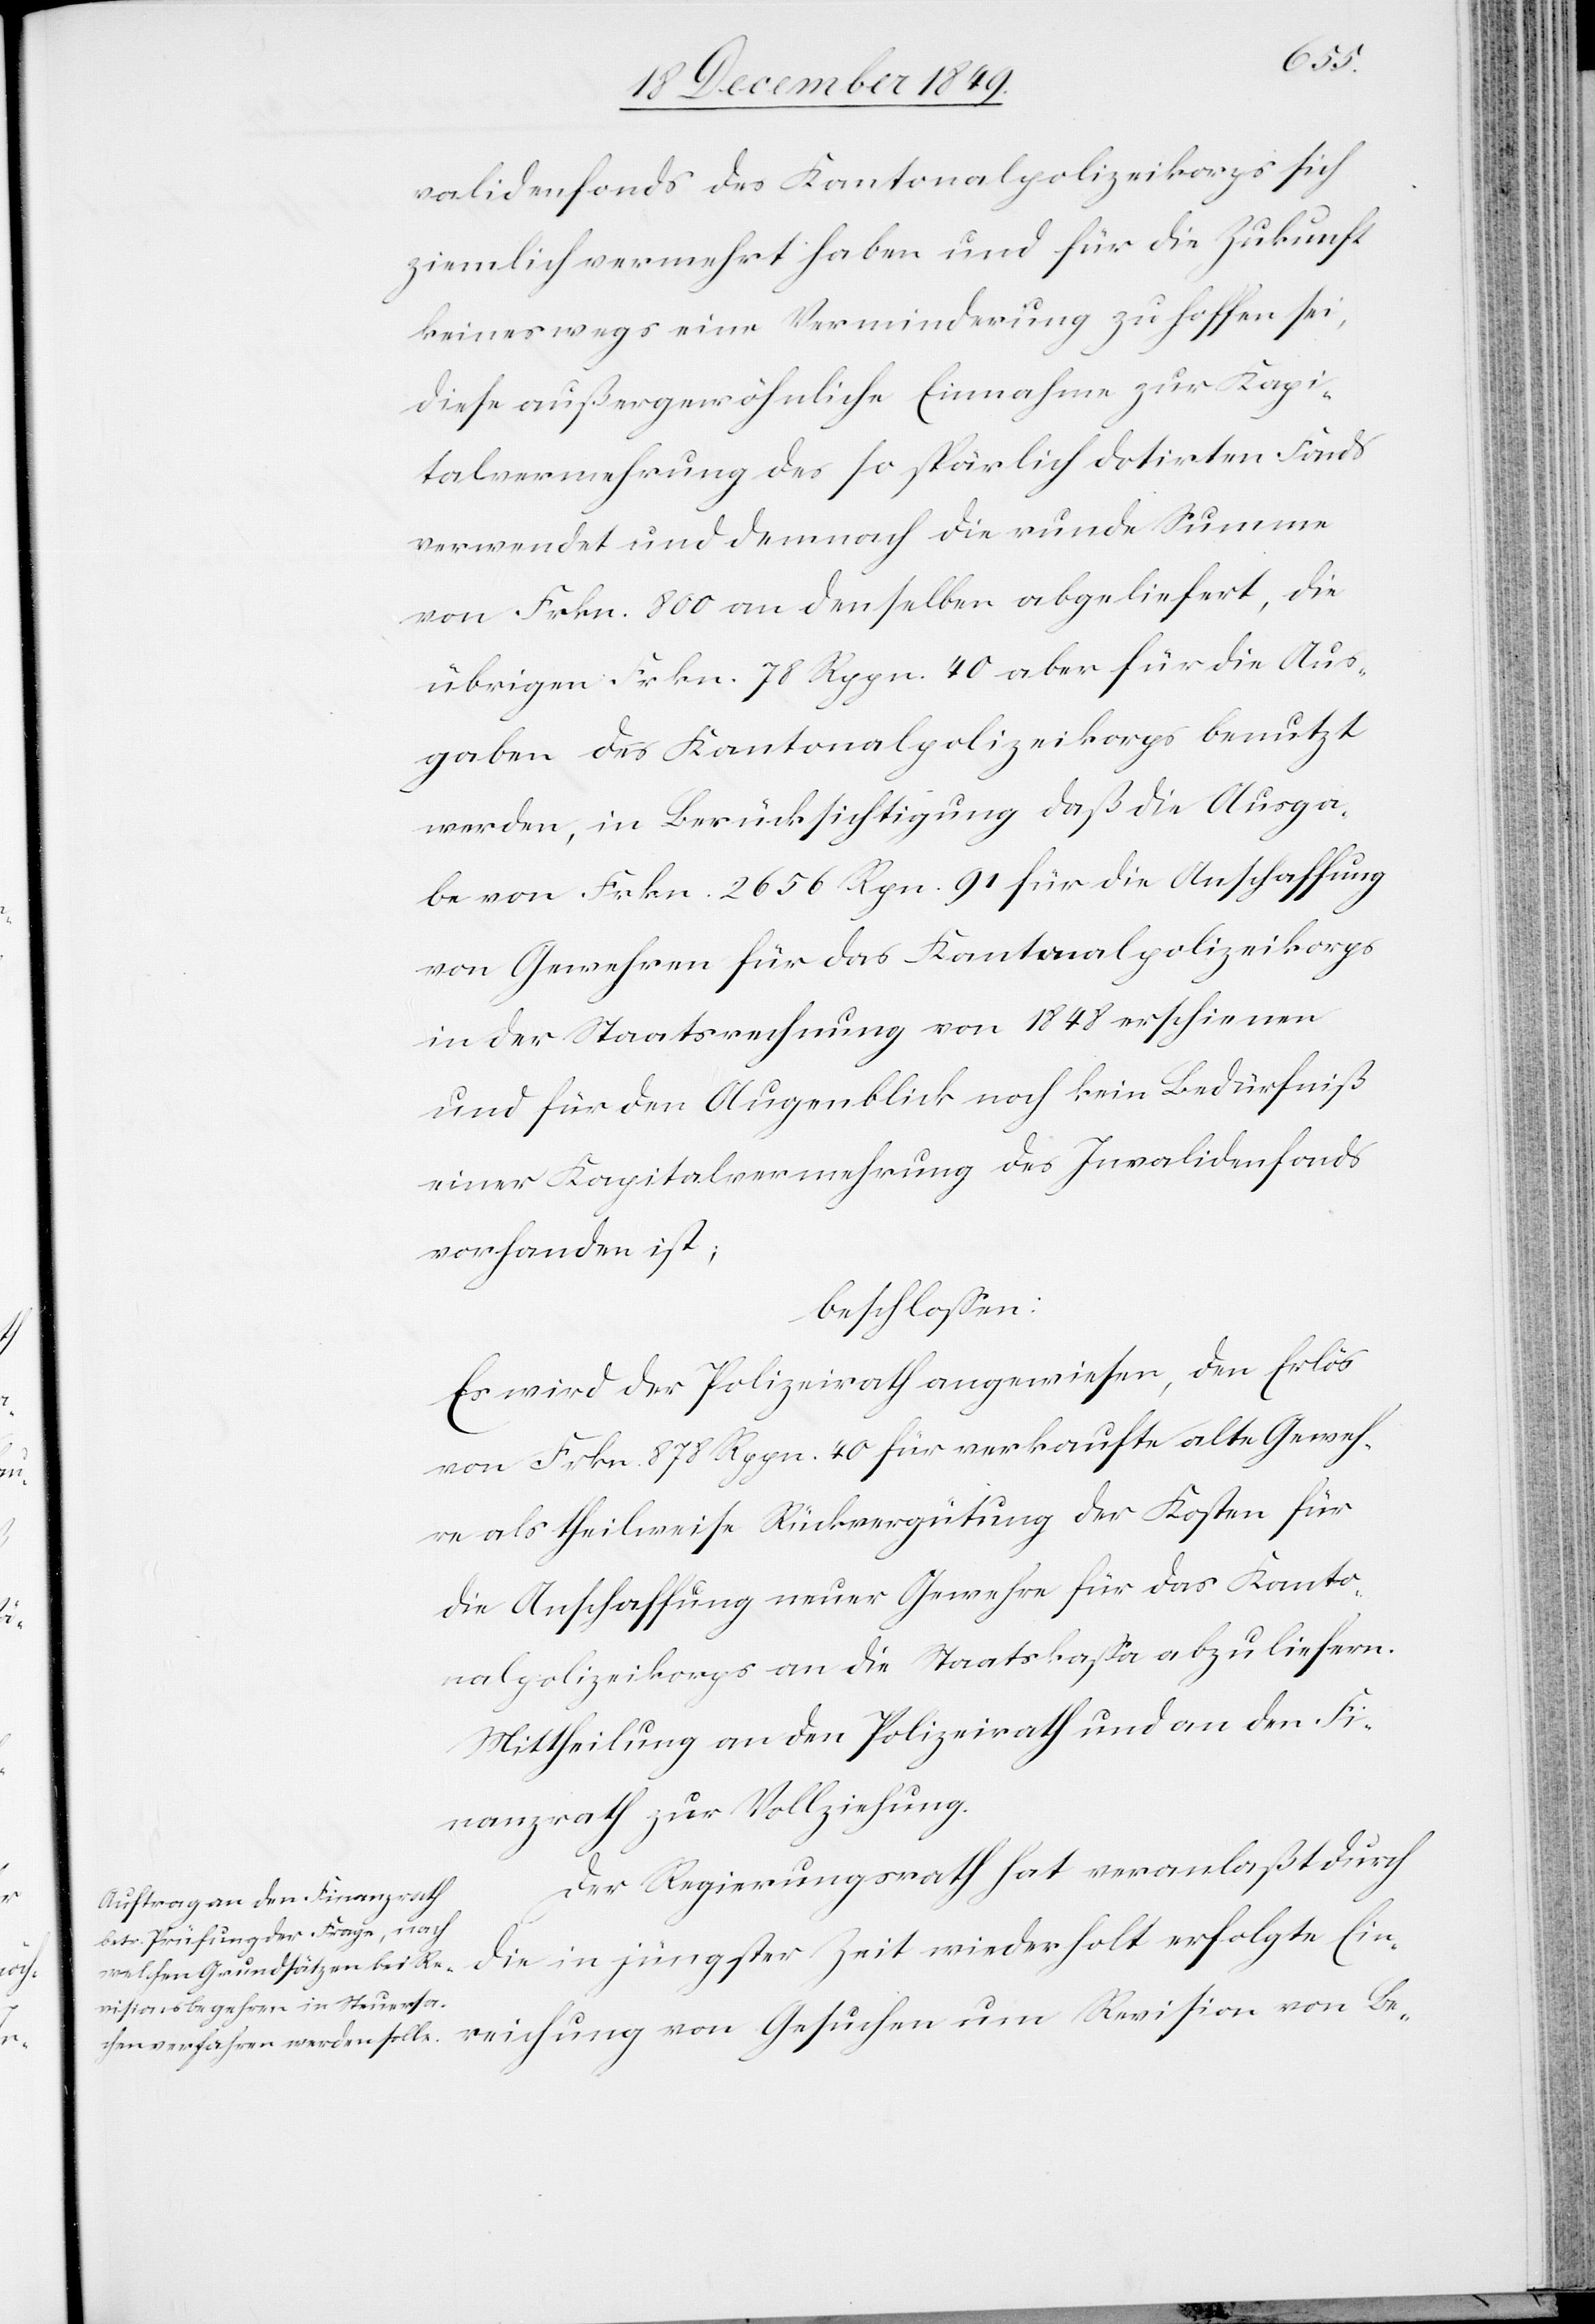
Be-
validenfonds des Kantonspolizeikorps sich
ziemlich vermehrt haben und für die Zukunft
keineswegs eine Verminderung zu hoffen sei,
diese außergewöhnliche Einnahme zur Kapi¬
talvermehrung des so spärlich datirten Fonds
verwendet und demnach die runde Summe
von Frkn. 800 an denselben abgeliefert, die
übrigen Frkn. 78 Rppn. 40 aber für die Aus¬
gaben des Kantonalpolizeikorps benutzt
werden, in Berücksichtigung daß die Ausga¬
ben von Frkn. 2656 Rpn. 91 für die Anschaffung
von Gewehren für das Kantonalpolizeikorps
in der Staatsrechnung von 1848 erschienen
und für den Augenblick noch kein Bedürfniß
einer Kapitalvermehrung des Invalidenfonds
vorhanden ist;
beschloßen:
Es wird der Polizeirath angewiesen, den Erlös
von Frkn 878 Rppn 40 für verkaufte alte Geweh¬
re als theilweise Rückvergütung der Kosten für
die Anschaffung neuer Gewehre für das Kanto¬
nalpolizeikorps an die Staatskaßa abzuliefern.
Mittheilung an den Polizeirath und an den Poli¬
zeirath zur Vollziehung.
Der Regierungsrath hat veranlaßt durch